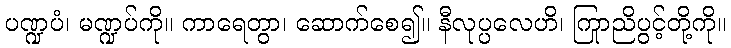
ပဏ္ဍပံ၊ မဏ္ဍပ်ကို။ ကာရေတွာ၊ ဆောက်စေ၍။ နီလုပ္ပလေဟိ၊ ကြာညိုပွင့်တို့ကို။